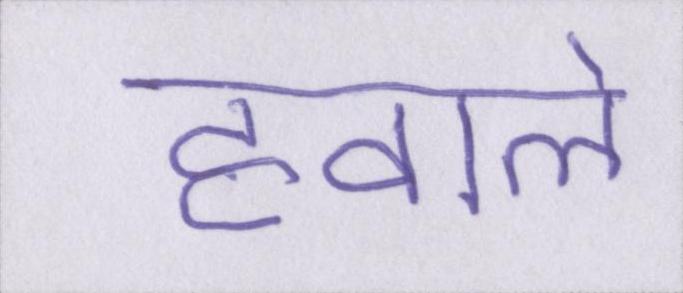
हवाले